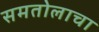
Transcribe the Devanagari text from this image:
समतोलाचा